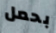
بحمل